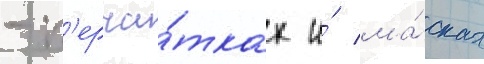
- п'ерча́тках и́ ма́сках